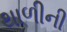
થાળીની